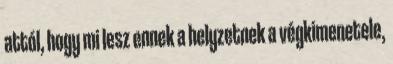
attól, hogy mi lesz ennek a helyzetnek a végkimenetele,